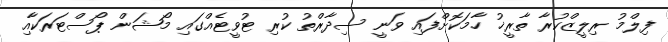
ފިލްމު ރިލީޒްކުރާ ތާރީޚު ހާމަކޮށްފައި ވަނީ ސިދާރްތު ކުރި ޓުވީޓެއްގައި މޯޝަން ޕޯސްޓަރަކާއި